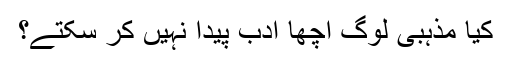
کیا مذہبی لوگ اچھا ادب پیدا نہیں کر سکتے؟